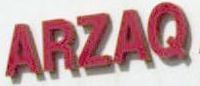
ARZAQ